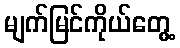
မျက်မြင်ကိုယ်တွေ့